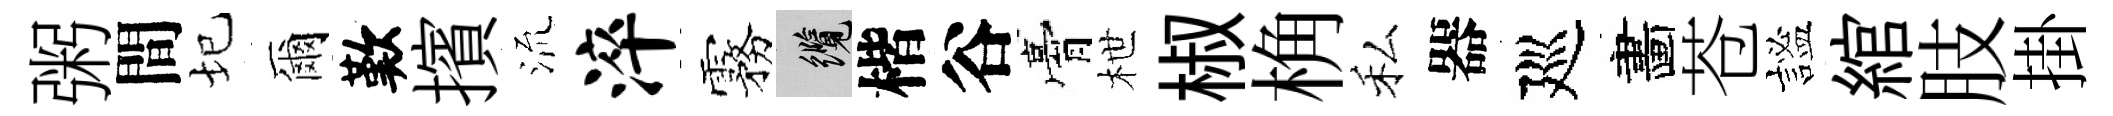
粥間圮爾歎擯𣴑淬霧纜楷谷膏枻椒桷私器廵畵苍謐綰肢掛